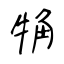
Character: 觕